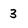
Character: 3